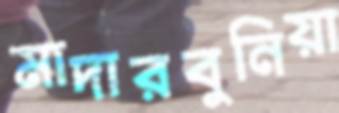
মাদারবুনিয়া